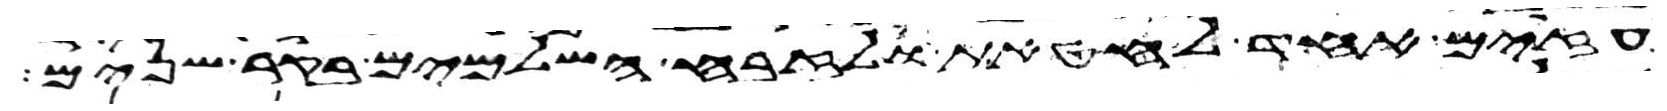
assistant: עזים אחד לחטאת ולזבח השלמים בקר שנים